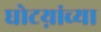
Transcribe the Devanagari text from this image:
घोटय़ांच्या